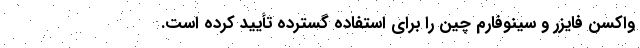
واکسن فایزر و سینوفارم چین را برای استفاده گسترده تأیید کرده است.